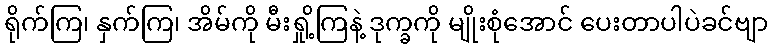
ရိုက်ကြ၊ နှက်ကြ၊ အိမ်ကို မီးရှို့ကြနဲ့ ဒုက္ခကို မျိုးစုံအောင် ပေးတာပါပဲခင်ဗျာ